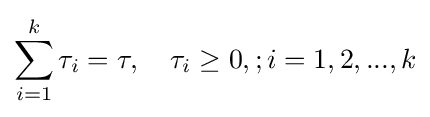
\sum _{i=1}^{k}\tau _{i}=\tau ,\quad \tau _{i}\geq 0,;i=1,2,...,k